Subject: cs
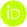
LaTeX code:
\begin{tikzpicture}
\draw[lime, fill=lime] (0,0)
circle [radius=0.16]
node[white] {{\fontfamily{qag}\selectfont \tiny $\dot{\mathsf I}$D}};
\draw[white, fill=white] (-0.0625,0.095)
circle [radius=0.007];
\end{tikzpicture}